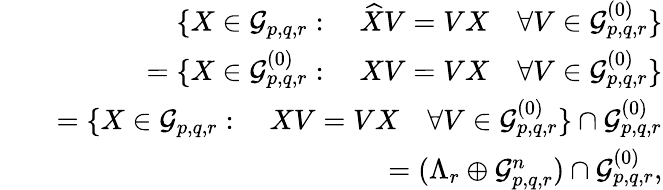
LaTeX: \begin{array}{rlr}&{}&{\{ X\in\mathcal{G}_{p,q,r}:\quad\widehat{X}V=VX\quad\forall V\in\mathcal{G}_{p,q,r}^{(0)}\} }\\ &{}&{=\{ X\in\mathcal{G}_{p,q,r}^{(0)}:\quad XV=VX\quad\forall V\in\mathcal{G}_{p,q,r}^{(0)}\} }\\ &{}&{=\{ X\in\mathcal{G}_{p,q,r}:\quad XV=VX\quad\forall V\in\mathcal{G}_{p,q,r}^{(0)}\} \cap\mathcal{G}_{p,q,r}^{(0)}}\\ &{}&{=(\Lambda_{r}\oplus\mathcal{G}_{p,q,r}^{n})\cap\mathcal{G}_{p,q,r}^{(0)},}\end{array}